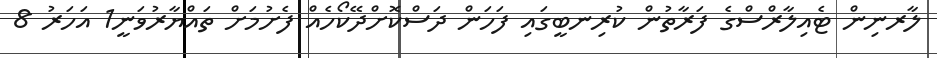
ލާރނިން ޓެއިލާރްސްގެ ފަރާތުން ކުރިނބީގައި ފަހަން ދަސްކޮށްދޭކޯހެއް ފެށުމަށް ތައްޔާރުވަނީ1 އަހަރު 8